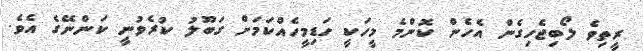
ރީތިވެ ލޯބިޖެހިގެން އެހެން ކޮންމެ މީހަކީ ހަޑިމީހެއްކަމަށް ގަބޫލު ކުރެވުނީ ކަންނޭގެ އެވެ.